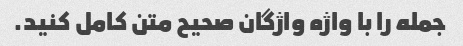
جمله را با واژه واژگان صحیح متن کامل کنید.